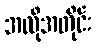
အလိုအတိုင်း